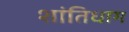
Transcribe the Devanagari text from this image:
शांतिधाम